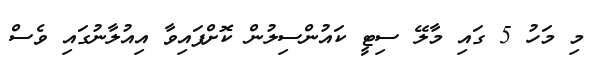
މި މަހު 5 ގައި މާލޭ ސިޓީ ކައުންސިލުން ކޮށްފައިވާ އިއުލާނުގައި ވެސް